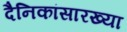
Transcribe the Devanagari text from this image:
दैनिकांसारख्या